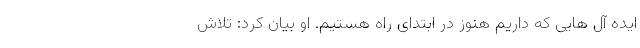
ایده آل هایی که داریم هنوز در ابتدای راه هستیم. او بیان کرد: تلاش